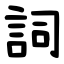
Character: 詞